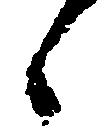
々